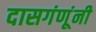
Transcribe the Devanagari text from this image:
दासगंणूंनी